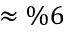
\approx \% 6